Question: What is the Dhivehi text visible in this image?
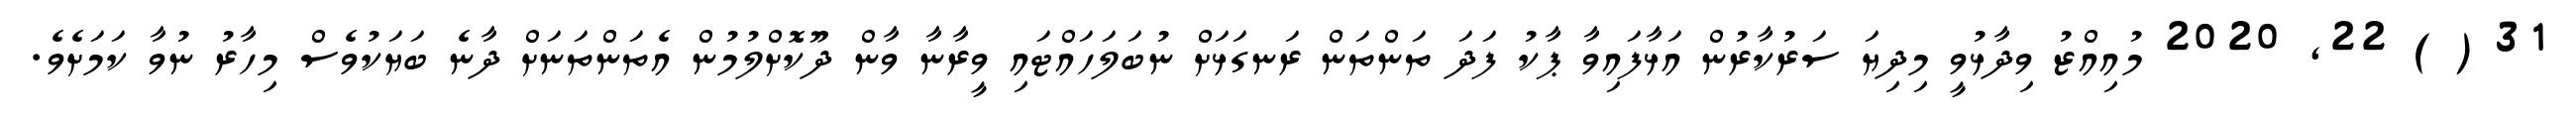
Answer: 31 ( ) 22, 2020 މުއިއްޒު ވިދާޅުވީ މިދިޔަ ސަރުކާރުން އަޅާފައިވާ ޕާކު ފަދަ ތަންތަން ރަނގަޅަށް ނުބަލަހައްޓައި ވީރާނާ ވާން ދޫކޮށްލުމުން އެތަންތަނަށް ދާނެ ބަޔަކުވެސް މިހާރު ނުވާ ކަމަށެވެ.